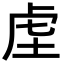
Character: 𮓛